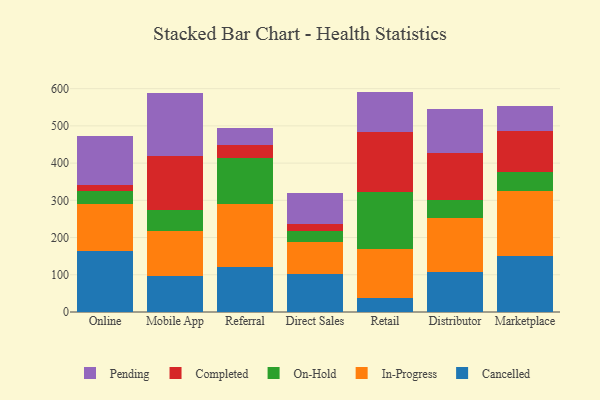
{"axis": {"x": "Channel", "y": "Operating Costs (USD K)"}, "legend": ["Cancelled", "Completed", "In-Progress", "On-Hold", "Pending"], "data": [{"x": "Online", "y": 165.2, "type": "Cancelled"}, {"x": "Online", "y": 125.8, "type": "In-Progress"}, {"x": "Online", "y": 34.7, "type": "On-Hold"}, {"x": "Online", "y": 15.1, "type": "Completed"}, {"x": "Online", "y": 132.3, "type": "Pending"}, {"x": "Mobile App", "y": 97.8, "type": "Cancelled"}, {"x": "Mobile App", "y": 120.4, "type": "In-Progress"}, {"x": "Mobile App", "y": 55.7, "type": "On-Hold"}, {"x": "Mobile App", "y": 144.8, "type": "Completed"}, {"x": "Mobile App", "y": 168.4, "type": "Pending"}, {"x": "Referral", "y": 120.6, "type": "Cancelled"}, {"x": "Referral", "y": 168.7, "type": "In-Progress"}, {"x": "Referral", "y": 125.2, "type": "On-Hold"}, {"x": "Referral", "y": 33.5, "type": "Completed"}, {"x": "Referral", "y": 45.3, "type": "Pending"}, {"x": "Direct Sales", "y": 102.2, "type": "Cancelled"}, {"x": "Direct Sales", "y": 85.8, "type": "In-Progress"}, {"x": "Direct Sales", "y": 29.9, "type": "On-Hold"}, {"x": "Direct Sales", "y": 18.2, "type": "Completed"}, {"x": "Direct Sales", "y": 84.7, "type": "Pending"}, {"x": "Retail", "y": 38.2, "type": "Cancelled"}, {"x": "Retail", "y": 131.5, "type": "In-Progress"}, {"x": "Retail", "y": 153.7, "type": "On-Hold"}, {"x": "Retail", "y": 161.3, "type": "Completed"}, {"x": "Retail", "y": 107.4, "type": "Pending"}, {"x": "Distributor", "y": 107.7, "type": "Cancelled"}, {"x": "Distributor", "y": 144.1, "type": "In-Progress"}, {"x": "Distributor", "y": 48.6, "type": "On-Hold"}, {"x": "Distributor", "y": 127.0, "type": "Completed"}, {"x": "Distributor", "y": 117.3, "type": "Pending"}, {"x": "Marketplace", "y": 151.7, "type": "Cancelled"}, {"x": "Marketplace", "y": 174.5, "type": "In-Progress"}, {"x": "Marketplace", "y": 50.0, "type": "On-Hold"}, {"x": "Marketplace", "y": 109.6, "type": "Completed"}, {"x": "Marketplace", "y": 68.7, "type": "Pending"}]}